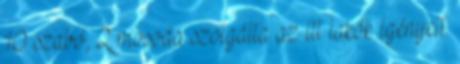
10 szabó, 2 mosoda szolgálta az itt lakók igényeit.